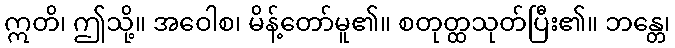
ဣတိ၊ ဤသို့။ အဝေါစ၊ မိန့်တော်မူ၏။ စတုတ္ထသုတ်ပြီး၏။ ဘန္တေ၊